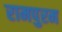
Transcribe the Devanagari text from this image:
रामपुरम